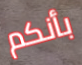
بأنكم